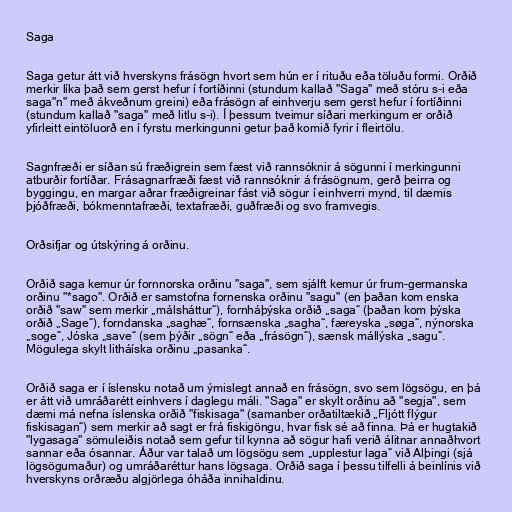
Saga

Saga getur átt við hverskyns frásögn hvort sem hún er í rituðu eða töluðu formi. Orðið
merkir líka það sem gerst hefur í fortíðinni (stundum kallað "Saga" með stóru s-i eða
saga"n" með ákveðnum greini) eða frásögn af einhverju sem gerst hefur í fortíðinni
(stundum kallað "saga" með litlu s-i). Í þessum tveimur síðari merkingum er orðið
yfirleitt eintöluorð en í fyrstu merkingunni getur það komið fyrir í fleirtölu.

Sagnfræði er síðan sú fræðigrein sem fæst við rannsóknir á sögunni í merkingunni
atburðir fortíðar. Frásagnarfræði fæst við rannsóknir á frásögnum, gerð þeirra og
byggingu, en margar aðrar fræðigreinar fást við sögur í einhverri mynd, til dæmis
þjóðfræði, bókmenntafræði, textafræði, guðfræði og svo framvegis.

Orðsifjar og útskýring á orðinu.

Orðið saga kemur úr fornnorska orðinu "saga", sem sjálft kemur úr frum-germanska
orðinu "*sago". Orðið er samstofna fornenska orðinu "sagu" (en þaðan kom enska
orðið "saw" sem merkir „málsháttur“), fornháþýska orðið „saga“ (þaðan kom þýska
orðið „Sage“), forndanska „saghæ“, fornsænska „sagha“, færeyska „søga“, nýnorska
„soge“, Jóska „save“ (sem þýðir „sögn“ eða „frásögn“), sænsk mállýska „sagu“.
Mögulega skylt litháíska orðinu „pasanka“.

Orðið saga er í íslensku notað um ýmislegt annað en frásögn, svo sem lögsögu, en þá
er átt við umráðarétt einhvers í daglegu máli. "Saga" er skylt orðinu að "segja", sem
dæmi má nefna íslenska orðið "fiskisaga" (samanber orðatiltækið „Fljótt flýgur
fiskisagan“) sem merkir að sagt er frá fiskigöngu, hvar fisk sé að finna. Þá er hugtakið
"lygasaga" sömuleiðis notað sem gefur til kynna að sögur hafi verið álitnar annaðhvort
sannar eða ósannar. Áður var talað um lögsögu sem „upplestur laga“ við Alþingi (sjá
lögsögumaður) og umráðaréttur hans lögsaga. Orðið saga í þessu tilfelli á beinlínis við
hverskyns orðræðu algjörlega óháða innihaldinu.